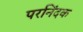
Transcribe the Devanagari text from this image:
परनिंदक